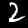
Digit: 2